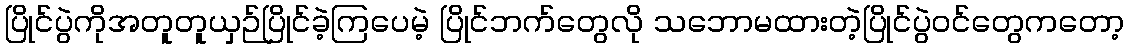
ပြိုင်ပွဲကိုအတူတူယှဉ်ပြိုင်ခဲ့ကြပေမဲ့ ပြိုင်ဘက်တွေလို သဘောမထားတဲ့ပြိုင်ပွဲဝင်တွေကတော့